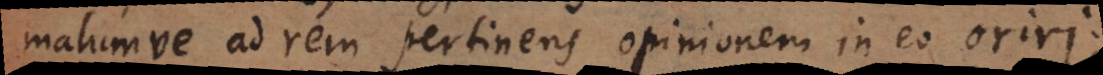
malumve ad rem pertinens opinionem in eo oriri;